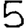
Digit: 5